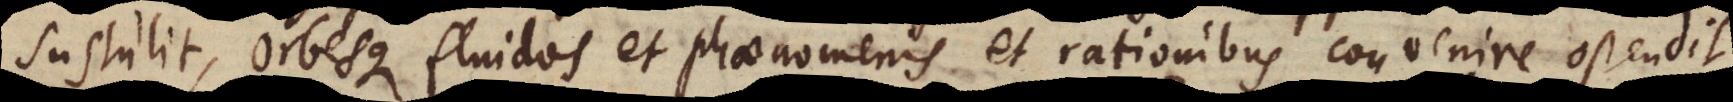
sustulit, orbesque fluidos et phaenomenis et rationibus consentire ostendit